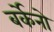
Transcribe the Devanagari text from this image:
बर्केनो